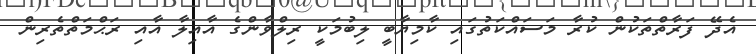
އެދޭ ފަރާތްތަކުން ކުރާ މަސައްކަތުގައި ކާމިޔާބީ ލިބުމަކީ ރިލްވާންގެ އާއިލާ އާއި ރަޙްމަތްތެރިން